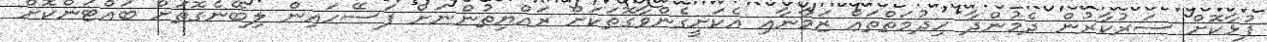
ފުޅާކޮށް ސަރުކާރުން ދެމުންދާ ހިދުމަތްތައް ޒަމާނާއި އެކަށީގެންވާގޮތަކަށް ރައްޔިތުންނަށް ފަސޭހައިން ލިބޭނެގޮތަށް ބައްޓަންކޮށް